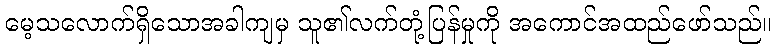
မေ့သလောက်ရှိသောအခါကျမှ သူ၏လက်တုံ့ပြန်မှုကို အကောင်အထည်ဖော်သည်။